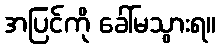
အပြင်ကို ခေါ်မသွားရ။